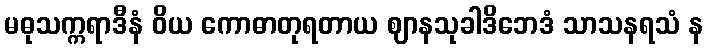
မဓုသက္ကရာဒီနံ ဝိယ ကောဓာတုရတာယ ဈာနသုခါဒိဘေဒံ သာသနရသံ န